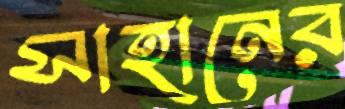
সাহানের